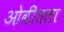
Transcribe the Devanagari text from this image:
ओवीतला